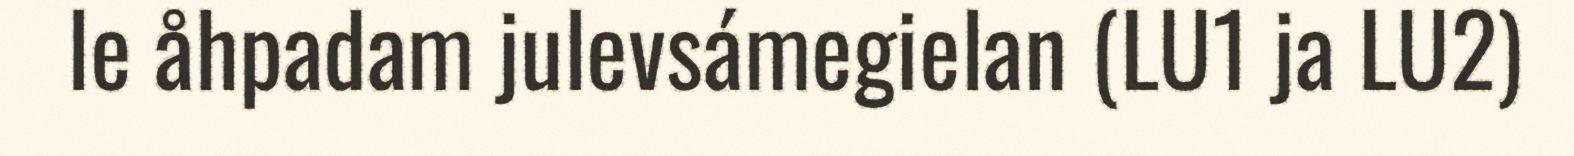
le åhpadam julevsámegielan (LU1 ja LU2)